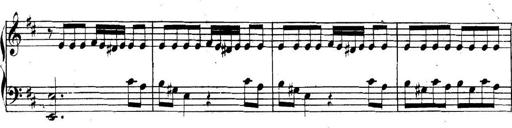
Title: Collected Piano Sonatas
Composer: Muzio Clementi